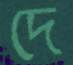
দে